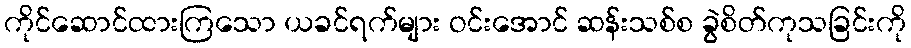
ကိုင်ဆောင်ထားကြသော ယခင်ရက်များ ဝင်းအောင် ဆန်းသစ်စ ခွဲစိတ်ကုသခြင်းကို